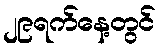
၂၉ရက်နေ့တွင်